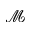
\mathcal { M }